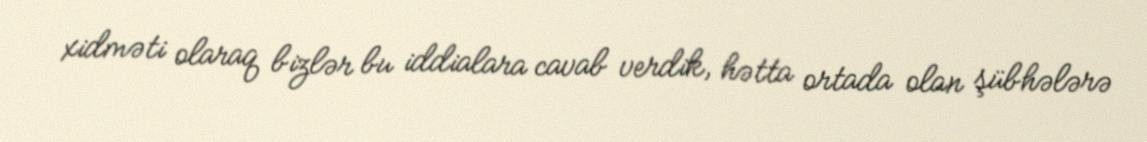
xidməti olaraq bizlər bu iddialara cavab verdik, hətta ortada olan şübhələrə